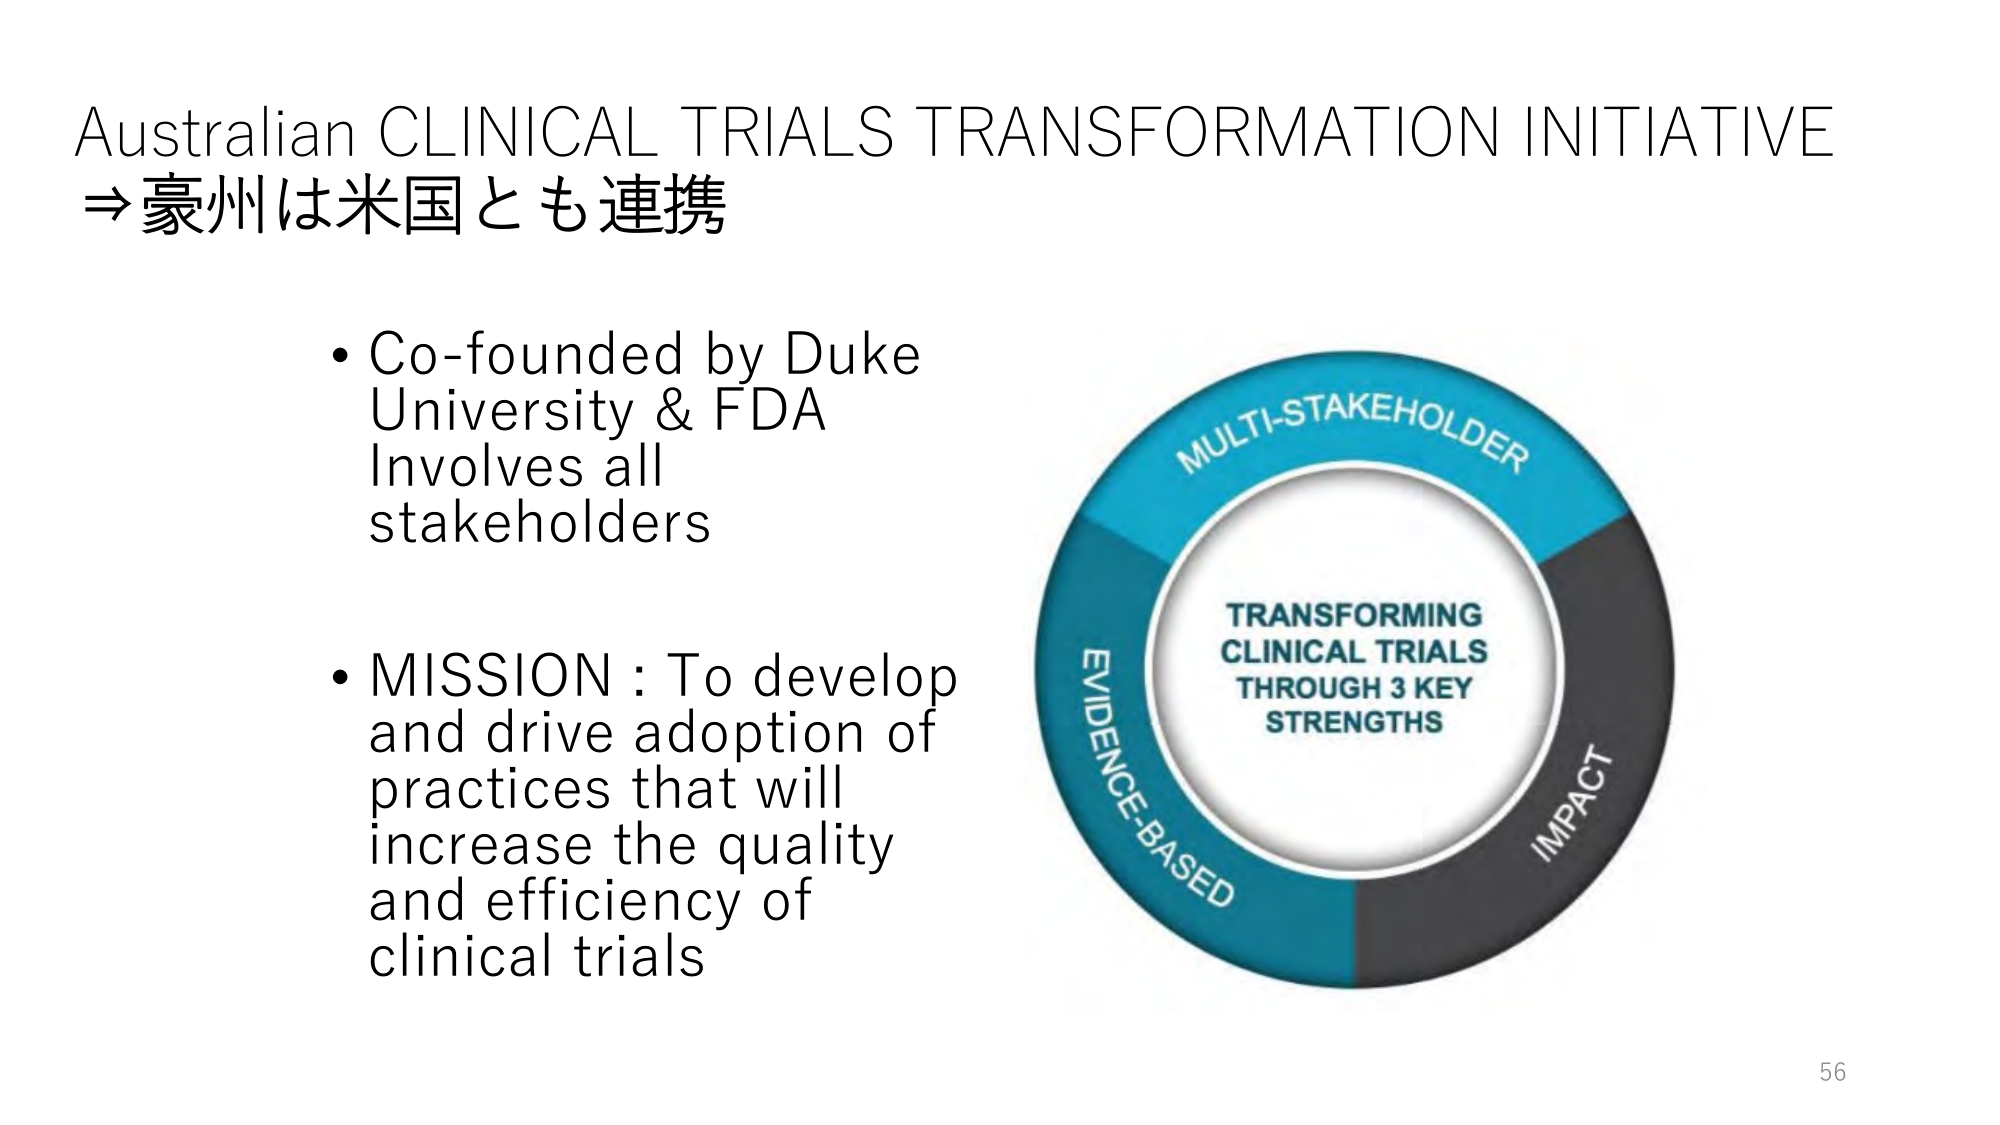
Australian CLINICAL TRIALS TRANSFORMATION INITIATIVE
⇒豪州は米国とも連携

• Co-founded by Duke University & FDA
Involves all stakeholders

• MISSION : To develop and drive adoption of practices that will increase the quality and efficiency of clinical trials

MULTI-STAKEHOLDER
EVIDENCE-BASED
IMPACT
TRANSFORMING
CLINICAL TRIALS
THROUGH 3 KEY
STRENGTHS

56